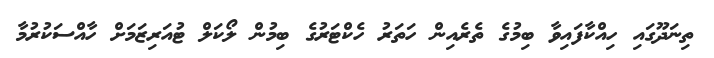
ތިނަދޫގައި ހިއްކާފައިވާ ބިމުގެ ތެރެއިން ހަތަރު ހެކްޓަރުގެ ބިމުން ލޯކަލް ޓުއަރިޒަމަށް ހާއްސަކުރުމާ